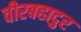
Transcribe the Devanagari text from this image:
वीरबहादुर